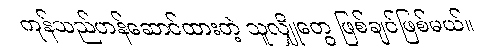
ကုန်သည်ဟန်ဆောင်ထားတဲ့ သူလျှိုတွေ ဖြစ်ချင်ဖြစ်မယ်။